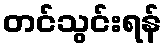
တင်သွင်းရန်